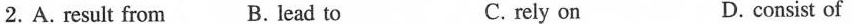
2. A. result from B. lead to C. rely on D. consist of